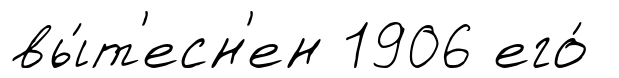
вы́т'есн'ен 1906 его́